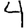
Digit: 4